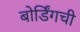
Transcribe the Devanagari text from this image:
बोर्डिंगची